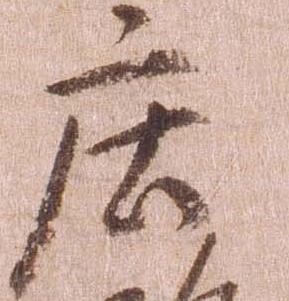
庄